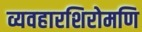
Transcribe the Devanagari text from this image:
व्यवहारशिरोमणि